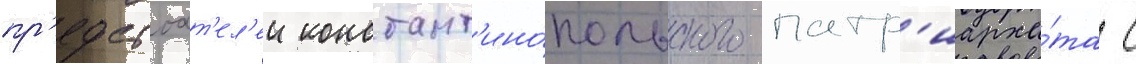
пр'едстоат'ел'еи констант'ино́польского патр'иарха́та с